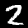
Digit: 2